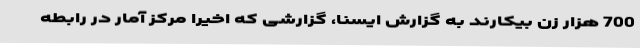
700 هزار زن بیکارند به گزارش ایسنا، گزارشی که اخیرا مرکز آمار در رابطه